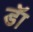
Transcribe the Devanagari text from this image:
डॅा